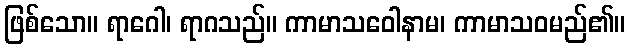
ဖြစ်သော။ ရာဂေါ၊ ရာဂသည်။ ကာမာသဝေါနာမ၊ ကာမာသဝမည်၏။